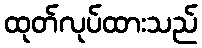
ထုတ်လုပ်ထားသည်